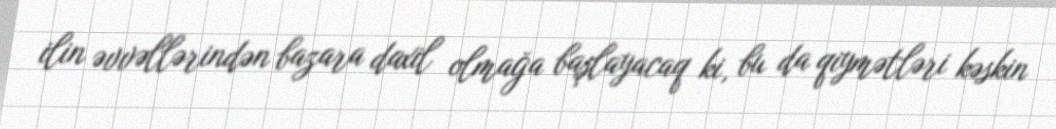
ilin əvvəllərindən bazara daxil olmağa başlayacaq ki, bu da qiymətləri kəskin